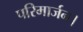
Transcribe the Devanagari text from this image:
परिमार्जन।